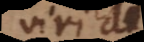
viri d